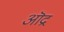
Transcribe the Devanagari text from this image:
ऒद्र